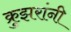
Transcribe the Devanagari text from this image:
क्रुझरांनी